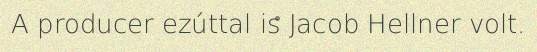
A producer ezúttal is Jacob Hellner volt.